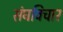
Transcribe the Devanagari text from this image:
संघविचार